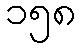
၁၅၈